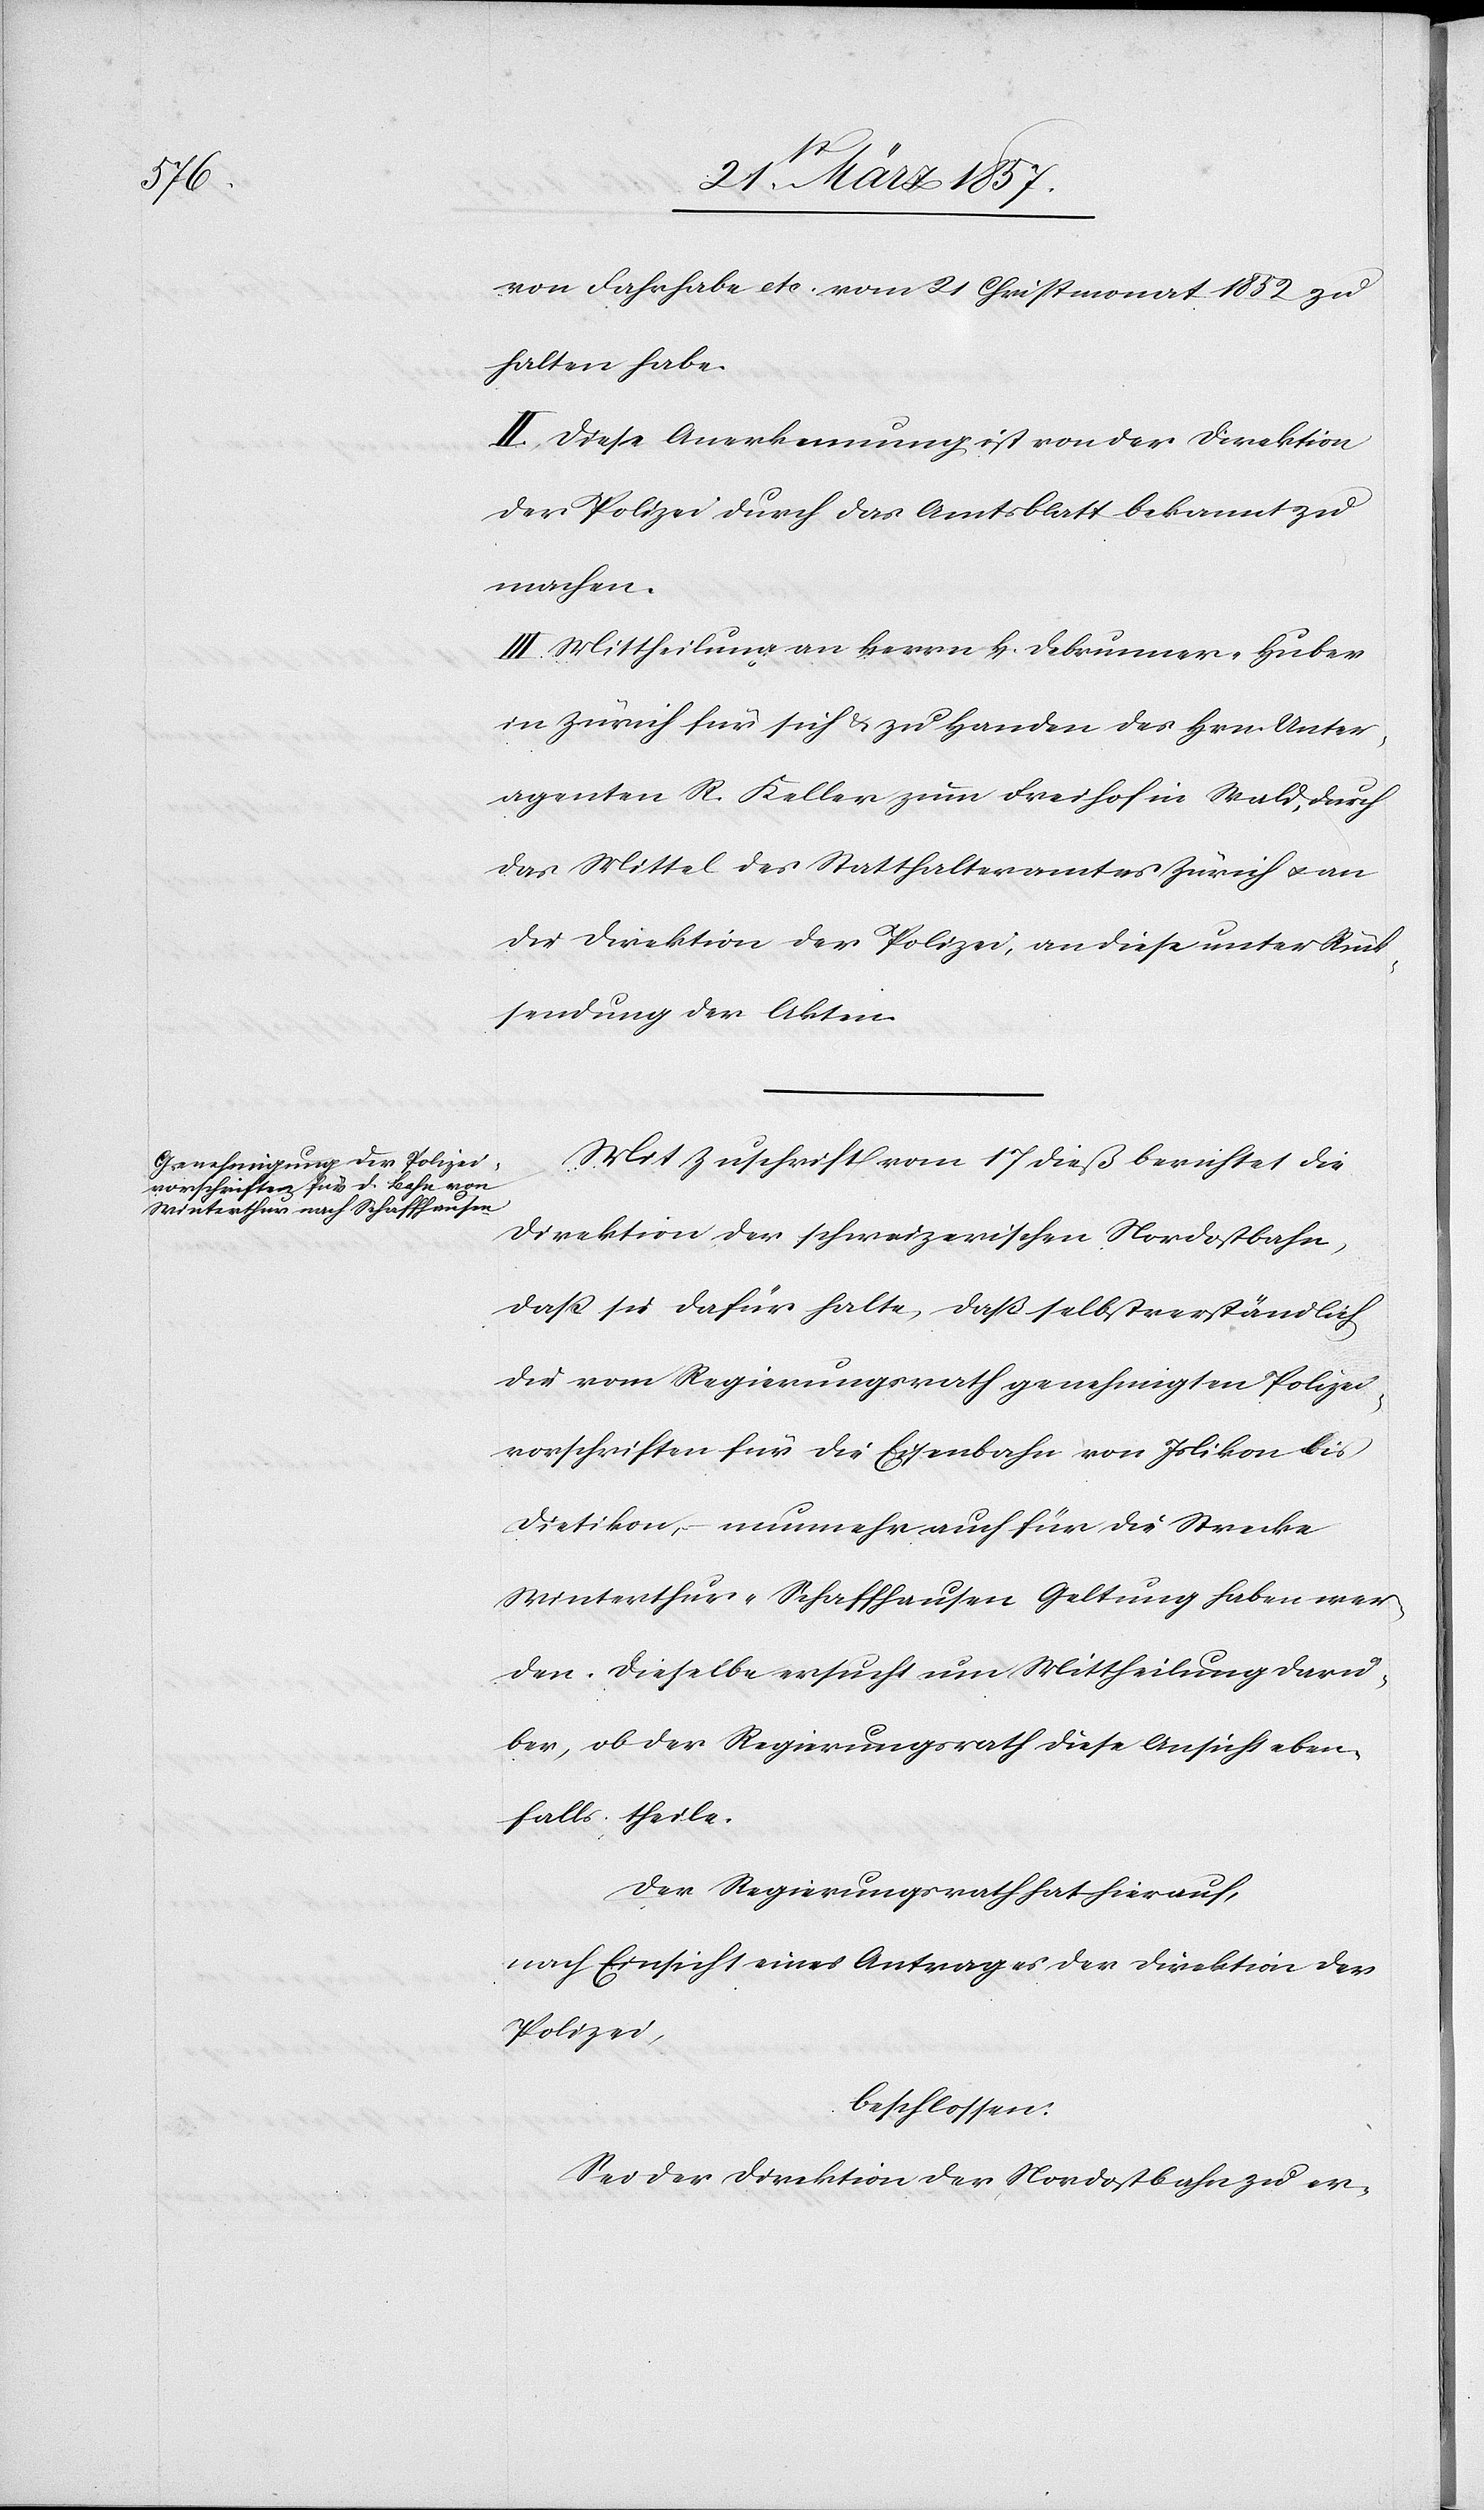
von Fahrhabe etc. vom 21 Christomonat 1852 zu
halten habe.
II. Diese Anerkennung ist von der Direktion
der Polizei durch das Amtsblatt bekannt zu
machen.
III. Mittheilung an Herrn H. Debrunner-Huber
in Zürich für sich u. zu Handen des Hrn. Unter¬
agenten R. Keller zum Freihof in Wald, durch
das Mittel des Statthalteramtes Zürich u. an
die Direktion der Polizei, an diese unter Rück¬
sendung der Akten.
Mit Zuschrift vom 17 dieß berichtet die
Direktion der schweizerischen Nordostbahn,
daß sie dafür halte, daß selbstverständlich
die vom Regierungsrath genehmigten Polizei¬
vorschriften für die Eisenbahn von Islikon bis
Dietikon, nunmehr auch für die Strecke
Winterthur-Schaffhausen Geltung haben wer¬
den. Dieselbe ersucht nun Mittheilung darü¬
ber, ob der Regierungsrath diese Ansicht eben¬
falls theile.
Der Regierungsrath hat hierauf,
nach Einsicht eines Antrages der Direktion der
Polizei,
beschlossen:
Sei der Direktion der Nordostbahn zu er-